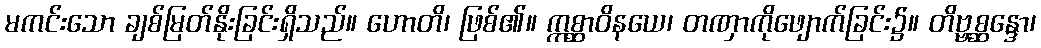
မကင်းသော ချစ်မြတ်နိုးခြင်းရှိသည်။ ဟောတိ၊ ဖြစ်၏။ ဣစ္ဆာဝိနယေ၊ တဏှာကိုဖျောက်ခြင်း၌။ တိဗ္ဗစ္ဆန္ဒော၊